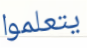
يتعلموا